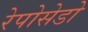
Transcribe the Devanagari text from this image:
रेपोसेडो